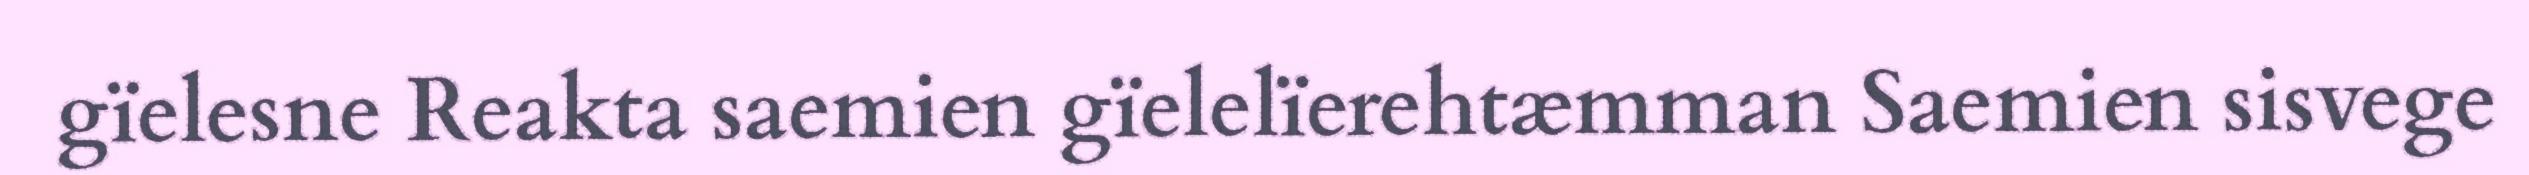
gïelesne Reakta saemien gïelelïerehtæmman Saemien sisvege